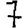
Digit: 7